Indian journal of veterinary science and animal husbandry - Volumes 18-21, 1948-1951
Year: 1948
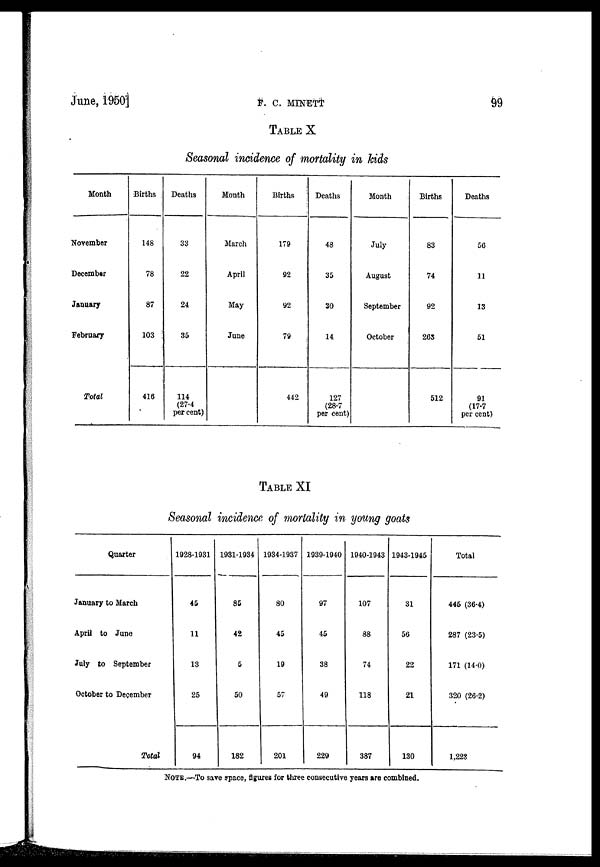
June,
1950]
F.
C.
MINETT
99
TABLE X
Seasonal incidence of mortality in kids
Month
November
December
January
February
Total
Births
148
78
87
103
416
Deaths
33
22
24
35
114
(27.4
per cent)
Month
March
April
May
June
Births
179
92
92
79
442
Deaths
48
35
30
14
127
(28.7
per cent)
Month
July
August
September
October
Births
83
74
92
263
512
Deaths
56
11
13
51
91
(17.7
per cent)
TABLE XI
Seasonal incidence of mortality in young goats
Quarter
January to March
April to June
July to September
October to December
Total
1928-1931
45
11
13
25
94
1931-1934
85
42
5
50
182
1934-1937
80
45
19
57
201
1939-1940
97
45
38
49
229
1940-1943
107
88
74
118
387
1943-1945
31
56
22
21
130
Total
445 (36.4)
287 (23.5)
171 (14.0)
320 (26.2)
1,223
NOTE.—To save space, figures for three consecutive years are combined.